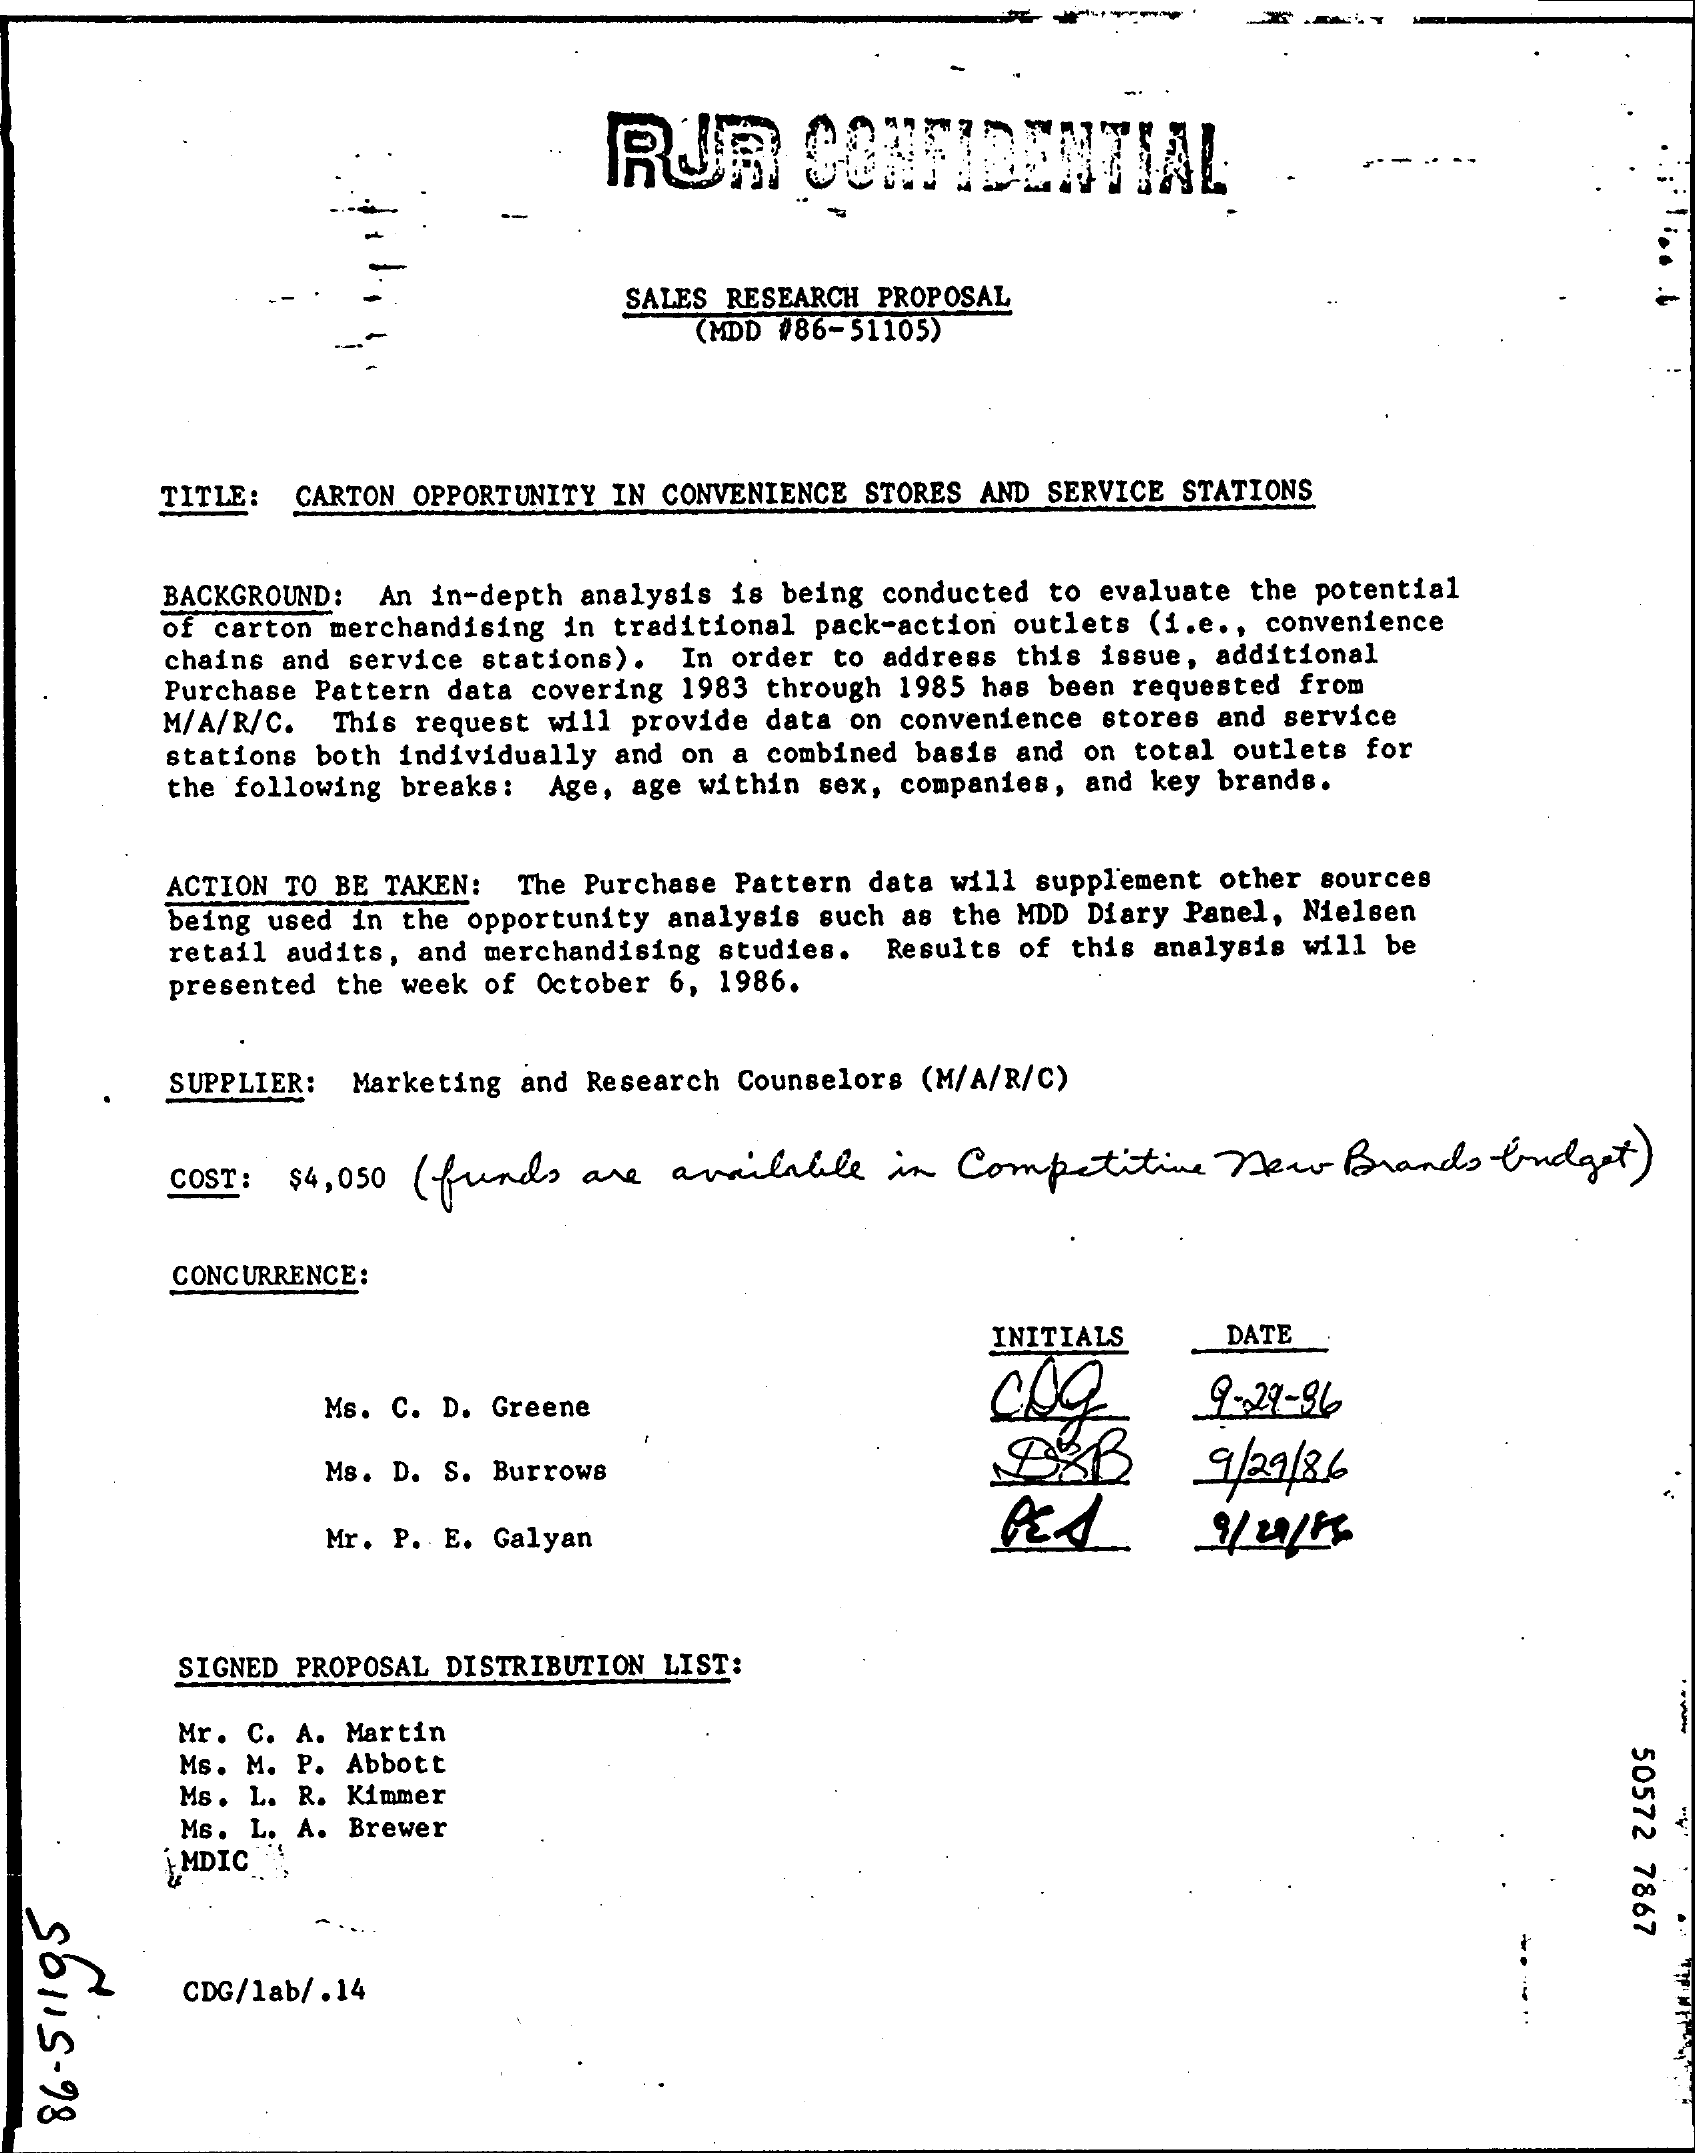
RUR    CONFIDENTIAL
     SALES RESEARCH PROPOSAL
     (MDD #86-51105)
     TITLE: CARTON OPPORTUNITY IN CONVENIENCE STORES AND SERVICE STATIONS
     BACKGROUND: An in-depth analysis is being conducted to evaluate the potential
     of carton merchandising in traditional pack-action outlets (i.e ., convenience
     chains and service stations). In order to address this issue, additional
     Purchase Pattern data covering 1983 through 1985 has been requested from
     M/A/R/C. This request will provide data on convenience stores and service
     stations both individually and on a combined basis and on total outlets for
     the following breaks: Age, age within sex, companies, and key brands.
     ACTION TO BE TAKEN: The Purchase Pattern data will supplement other sources
     being used in the opportunity analysis such as the MDD Diary Panel, Nielsen
     retail audits, and merchandising studies. Results of this analysis will be
     presented the week of October 6, 1986.
     SUPPLIER: Marketing and Research Counselors (M/A/R/C)
     COST:  $4,050 ( funds are  available   in Competitive    New   Brands-  budget )
     CONCURRENCE:
     INITIALS    DATE
     Ms. C. D. Greene    9-29-86
     Ms. D. S. Burrows    BEB    9/29/86
     Mr. P. E. Galyan
     SIGNED PROPOSAL DISTRIBUTION LIST:
     Mr. C. A. Martin
     Ms. M. P. Abbott
     50572
     7867
     Ms. L. R. Kimmer
     Ms. L. A. Brewer
     MDIC
  SOUS-
  98
     CDG/1ab/ .14